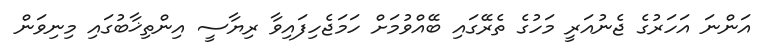
އަންނަ އަހަރުގެ ޖެނުއަރީ މަހުގެ ތެރޭގައި ބޭއްވުމަށް ހަމަޖެހިފައިވާ ރިޔާސީ އިންތިޚާބުގައި މިނިވަން